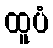
ထူပံ